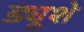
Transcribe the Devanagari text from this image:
ड्यूशे